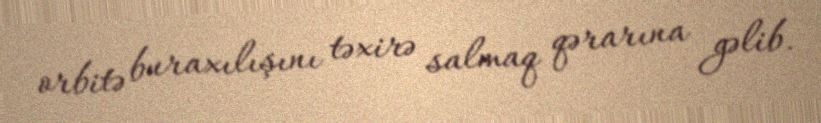
orbitə buraxılışını təxirə salmaq qərarına gəlib.